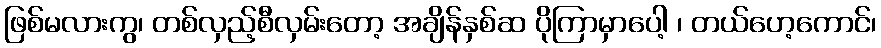
ဖြစ်မလားကွ၊ တစ်လှည့်စီလှမ်းတော့ အချိန်နှစ်ဆ ပိုကြာမှာပေါ့ ၊ တယ်ဟေ့ကောင်၊